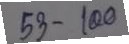
53 - 100